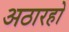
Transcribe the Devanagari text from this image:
अठारहो